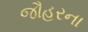
જૌહરના